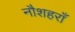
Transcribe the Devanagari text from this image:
नौशहराँ